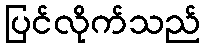
ပြင်လိုက်သည်